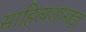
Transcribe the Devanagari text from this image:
साहित्यशास्त्रज्ञ